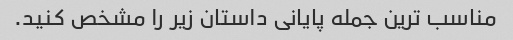
مناسب ترین جمله پایانی داستان زیر را مشخص کنید.